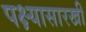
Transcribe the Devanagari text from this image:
पक्ष्यासारखी